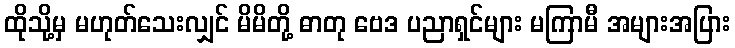
ထိုသို့မှ မဟုတ်သေးလျှင် မိမိတို့ ဓာတု ဗေဒ ပညာရှင်များ မကြာမီ အများအပြား